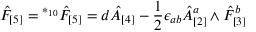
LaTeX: \hat { F } _ { [ 5 ] } = { } ^ { * _ { 1 0 } } \hat { F } _ { [ 5 ] } = d \hat { A } _ { [ 4 ] } - \frac 1 2 \epsilon _ { a b } \hat { A } _ { [ 2 ] } ^ { a } \wedge \hat { F } _ { [ 3 ] } ^ { b }